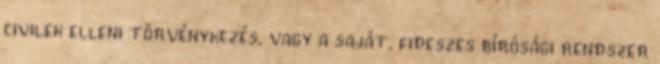
civilek elleni törvénykezés, vagy a saját, fideszes bírósági rendszer